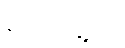
ရဲတပ်ဖွဲ့သို့